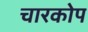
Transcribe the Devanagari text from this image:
चारकोप